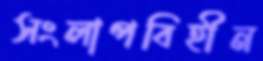
সংলাপবিহীন